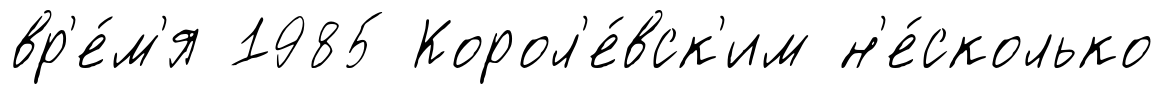
вр'е́м'я 1985 Корол'е́вск'им н'е́сколько